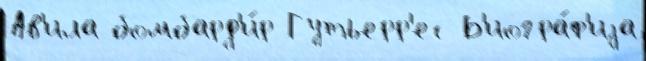
Ав'ила бомбард'и́р Гутьерр'ес Б'иогра́ф'иjа